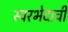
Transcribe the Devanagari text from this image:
स्वरभेदाची